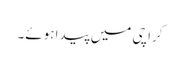
کراچی میں پیدا ہوئے۔